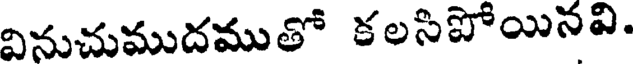
వినుచుముదముతో కలసిపోయినవి.